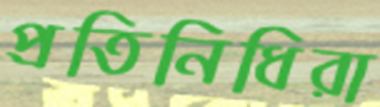
প্রতিনিধিরা